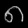
Digit: ၈